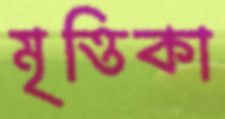
মৃত্তিকা